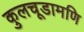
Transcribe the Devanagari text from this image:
कुलचूडामणि